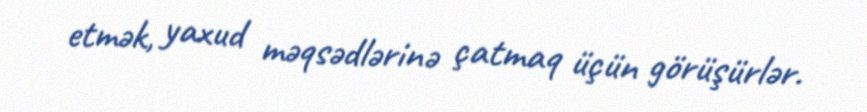
etmək, yaxud məqsədlərinə çatmaq üçün görüşürlər.